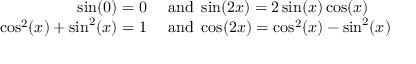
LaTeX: \begin{array} { r l } { \sin ( 0 ) = 0 } & { { } { \mathrm { ~ a n d ~ } } \sin ( 2 x ) = 2 \sin ( x ) \cos ( x ) } \\ { \cos ^ { 2 } ( x ) + \sin ^ { 2 } ( x ) = 1 } & { { } { \mathrm { ~ a n d ~ } } \cos ( 2 x ) = \cos ^ { 2 } ( x ) - \sin ^ { 2 } ( x ) } \end{array}